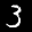
Label: 3